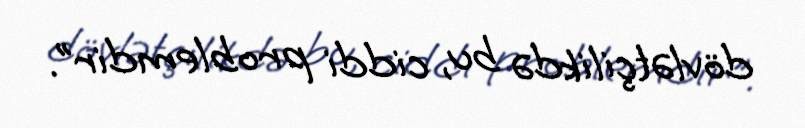
dövlətçilikdə bu, ciddi problemdir”.